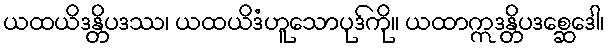
ယထယိဒန္တိပဒဿ၊ ယထယိဒံဟူသောပုဒ်ကို။ ယထာဣဒန္တိပဒစ္ဆေဒေါ၊